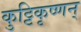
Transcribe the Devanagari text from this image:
कुट्टिकृष्णन्